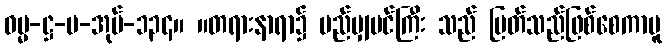
ဓမ္မ-ဋ္ဌ-ပ-အုပ်-၁၃၄။ ။တရားနာရာ၌ မည်မျှပင်ကြီး သည် မြတ်သည်ဖြစ်စေကာမူ